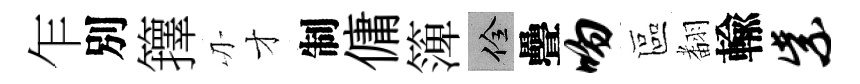
乍別籜刃才制傭𥱼佺疊吻區𮋒輸紫